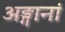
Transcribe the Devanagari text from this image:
अङ्गानां